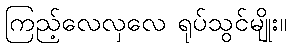
ကြည့်လေလှလေ ရုပ်သွင်မျိုး။